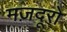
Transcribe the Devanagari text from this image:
मज़दूरो